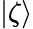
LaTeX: |\zeta\rangle